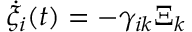
{ \dot { \xi } } _ { i } ( t ) = - \gamma _ { i k } \Xi _ { k }